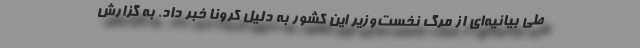
طی بیانیه‌ای از مرگ نخست‌وزیر این کشور به دلیل کرونا خبر داد. به گزارش